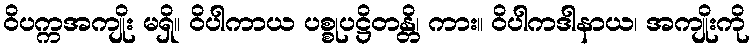
ဝိပက္ကအကျိုး မရှိ။ ဝိပါကာယ ပစ္စုပဋ္ဌိတန္တိ၊ ကား။ ဝိပါကဒါနာယ၊ အကျိုးကို